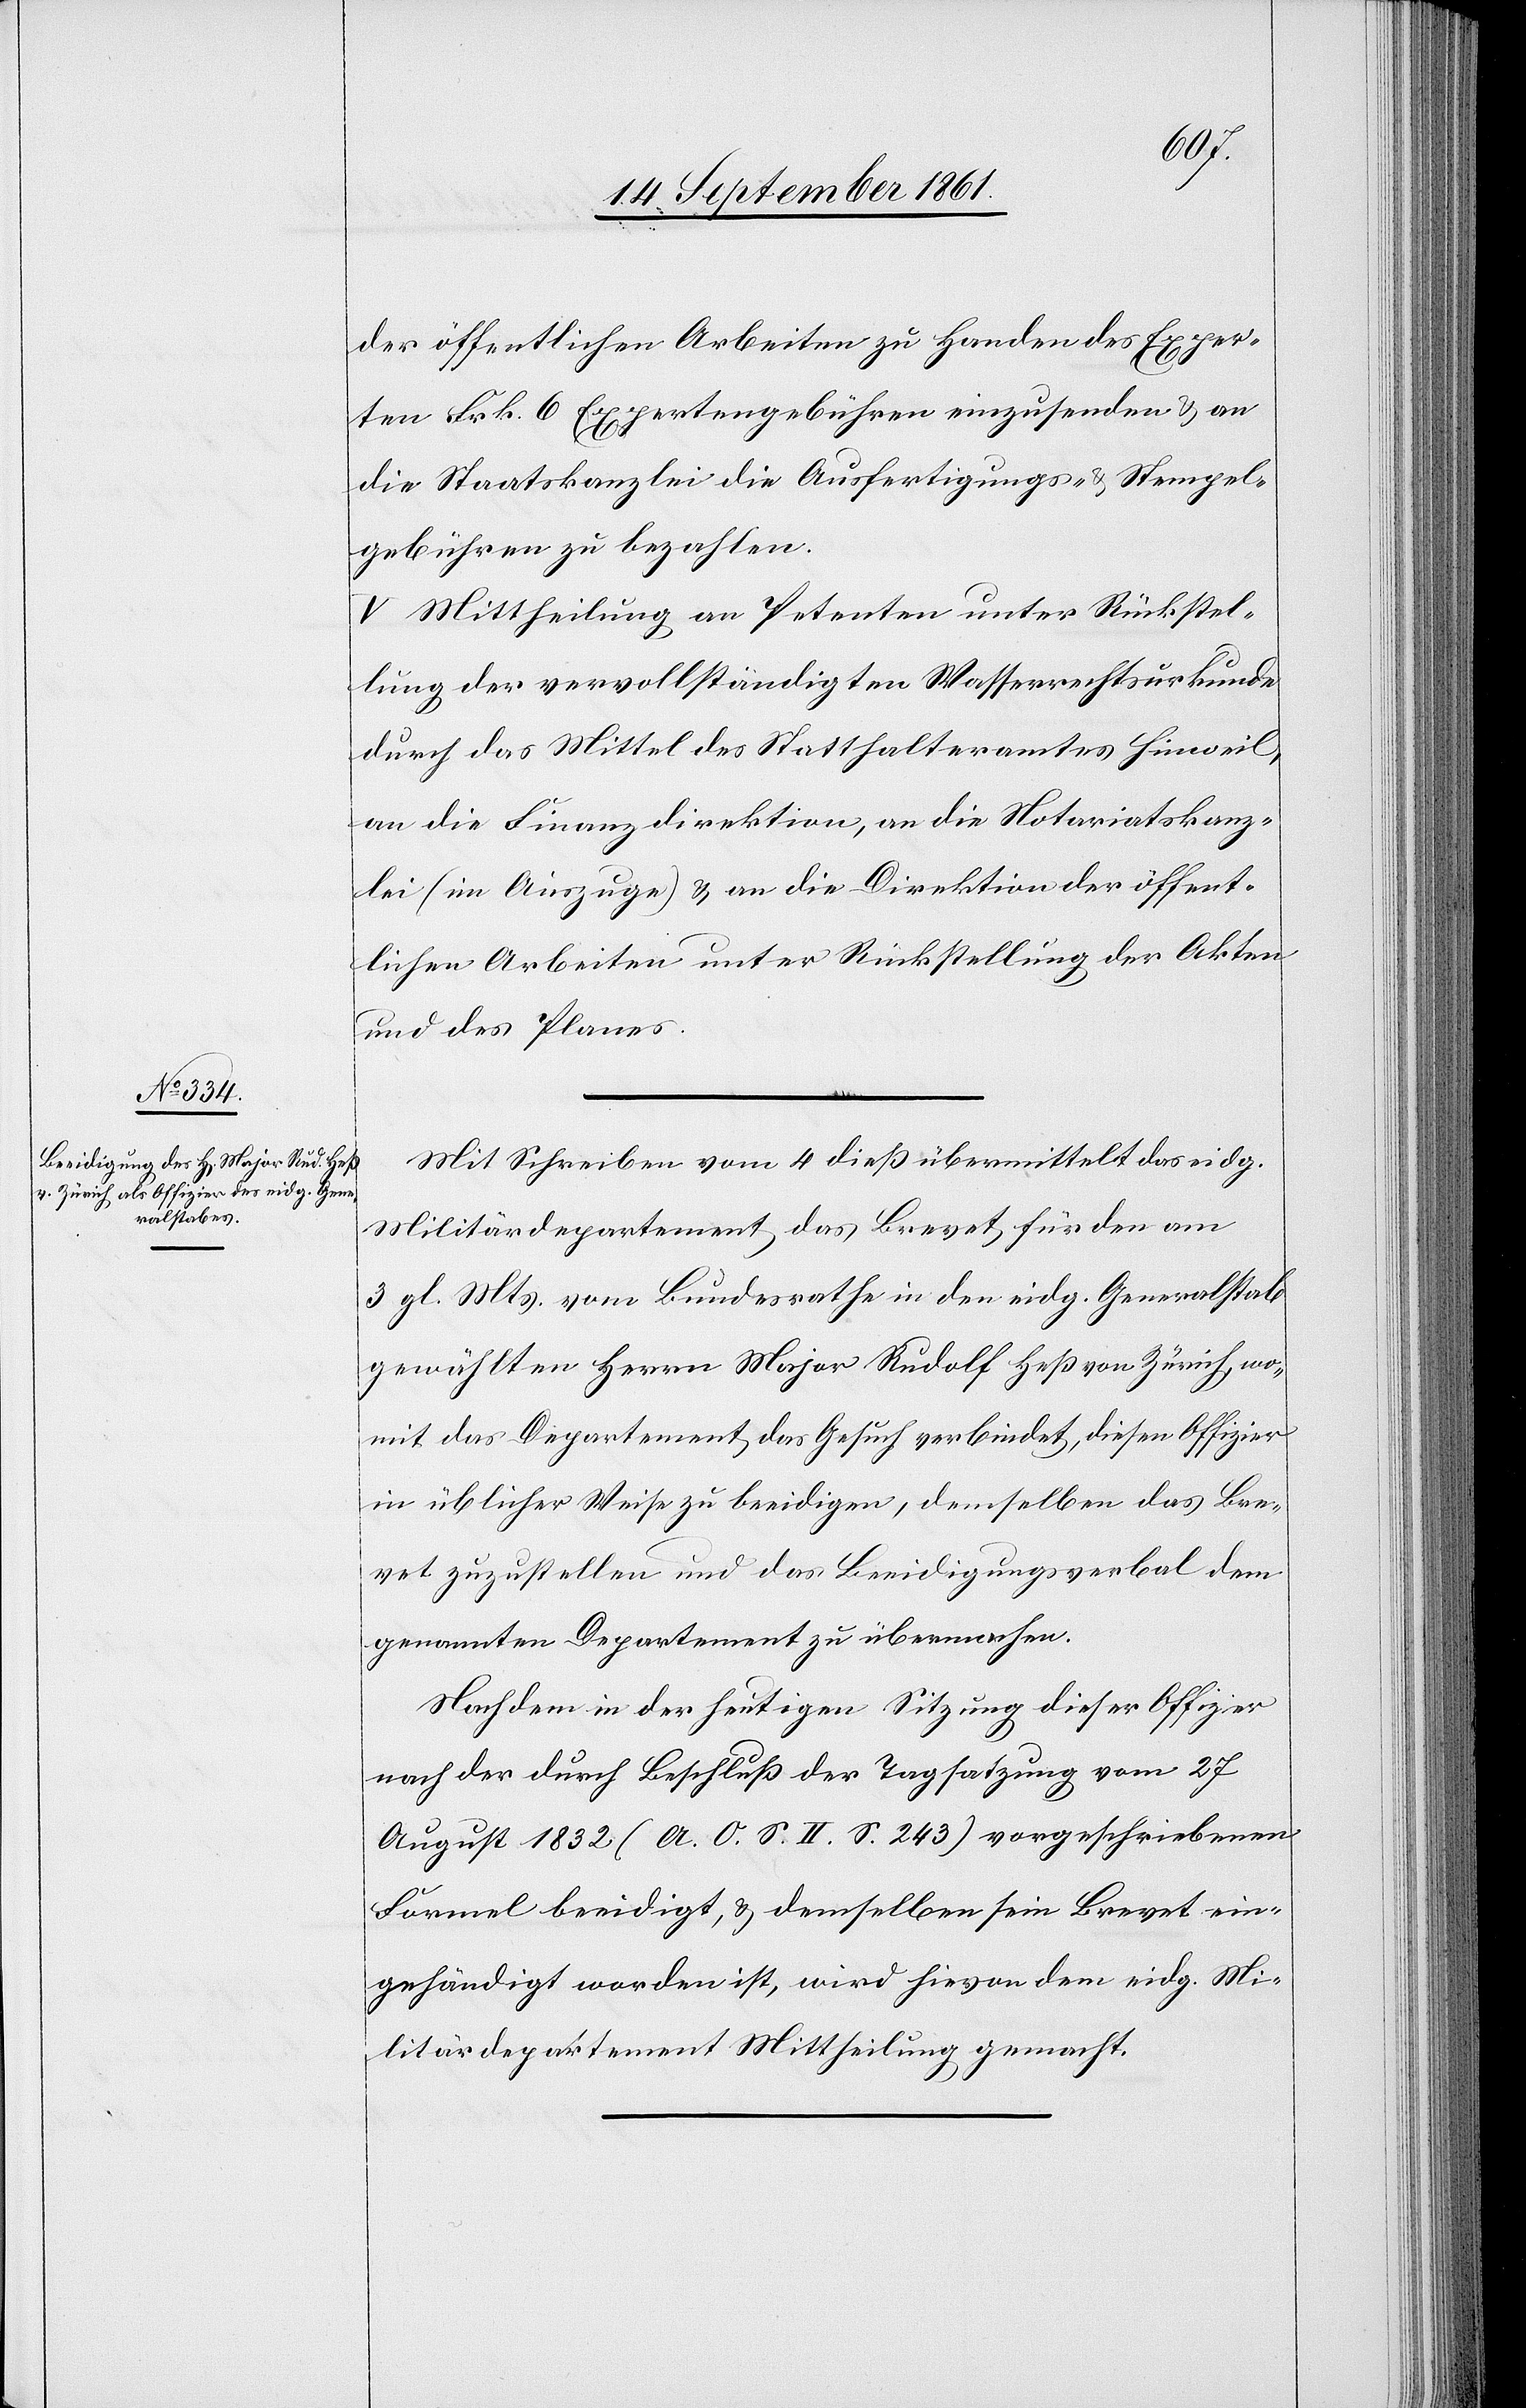
der öffentlichen Arbeiten zu Handen des Exper¬
ten Frk. 6 Expertengebühren einzusenden, u. an
die Staatskanzlei die Ausfertigungs- u. Stempel¬
gebühren zu bezahlen.
V. Mittheilung an Petenten unter Rückstel¬
lung der vervollständigten Wasserrechtsurkunde
durch das Mittel des Statthalteramtes Hinweil,
an die Finanzdirektion, an die Notariatskanz¬
lei (im Auszuge) u. an die Direktion der öffent¬
lichen Arbeiten unter Rückstellung der Akten
und des Planes.
Mit Schreiben vom 4 dieß übermittelt das eidg.
Militärdepartement das Brevet für den am
3 gl. Mts. vom Bundesrathe in den eidg. Generalstab
gewählten Herrn Major Rudolf Heß von Zürich, wo¬
mit das Departement das Gesuch verbindet, diesen Offizier
in üblicher Weise zu beeidigen, demselben das Bre¬
vet zuzustellen und das Beeidigungsverbal dem
genannten Departement zu übermachen.
Nachdem in der heutigen Sitzung dieser Offizier
nach der durch Beschluß der Tagsatzung vom 27
August 1832 (A. O. S. II. S. 243) vorgeschriebenen
Formel beeidigt, u. demselben sein Brevet ein¬
gehändigt worden ist, wird hievon dem eidg. Mi¬
litärdepartement Mittheilung gemacht.